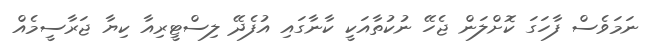
ނަމަވެސް ފާހަގަ ކޮށްލަން ޖެހޭ ނުކުތާއަކީ ކާނާގައި އުފެދޭ ލިސްޓީރިއާ ކިޔާ ޖަރާސީމެއް